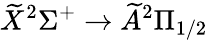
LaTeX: \widetilde{X}^{2}\Sigma^{+}\rightarrow\widetilde{A}^{2}\Pi_{1/2}